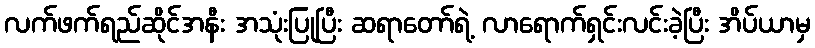
လက်ဖက်ရည်ဆိုင်အနီး အသုံးပြုပြီး ဆရာတော်ရဲ့ လာရောက်ရှင်းလင်းခဲ့ပြီး အိပ်ယာမှ